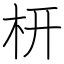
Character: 枅